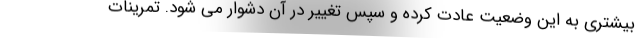
بیشتری به این وضعیت عادت کرده و سپس تغییر در آن دشوار می شود. تمرینات